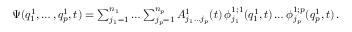
\begin{array} { r } { \Psi ( q _ { 1 } ^ { 1 } , \ldots , q _ { p } ^ { 1 } , t ) = \sum _ { j _ { 1 } = 1 } ^ { n _ { 1 } } \ldots \sum _ { j _ { p } = 1 } ^ { n _ { p } } A _ { j _ { 1 } \ldots j _ { p } } ^ { 1 } ( t ) \, \phi _ { j _ { 1 } } ^ { 1 ; 1 } ( q _ { 1 } ^ { 1 } , t ) \ldots \phi _ { j _ { p } } ^ { 1 ; p } ( q _ { p } ^ { 1 } , t ) \, . } \end{array}